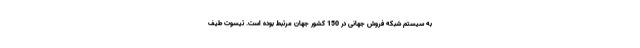
به سیستم شبکه فروش جهانی در 150 کشور جهان مرتبط بوده است. تیسوت طیف